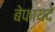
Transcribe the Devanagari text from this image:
बेफायदे